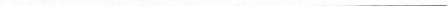
___